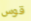
قوس